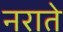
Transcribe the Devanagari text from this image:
नराते